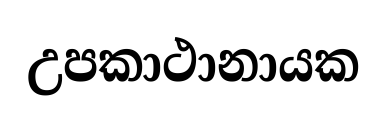
උපකාථානායක